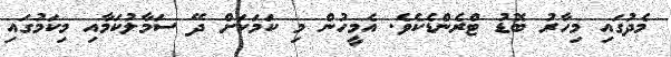
މެދުގައި މިހާރު ބޮޑު ޓްރެންޑެކެވެ. އެމީހުން މި ކަމަކަށް ދޭ ސަމާލުކަމާއި މިކަމުގައި